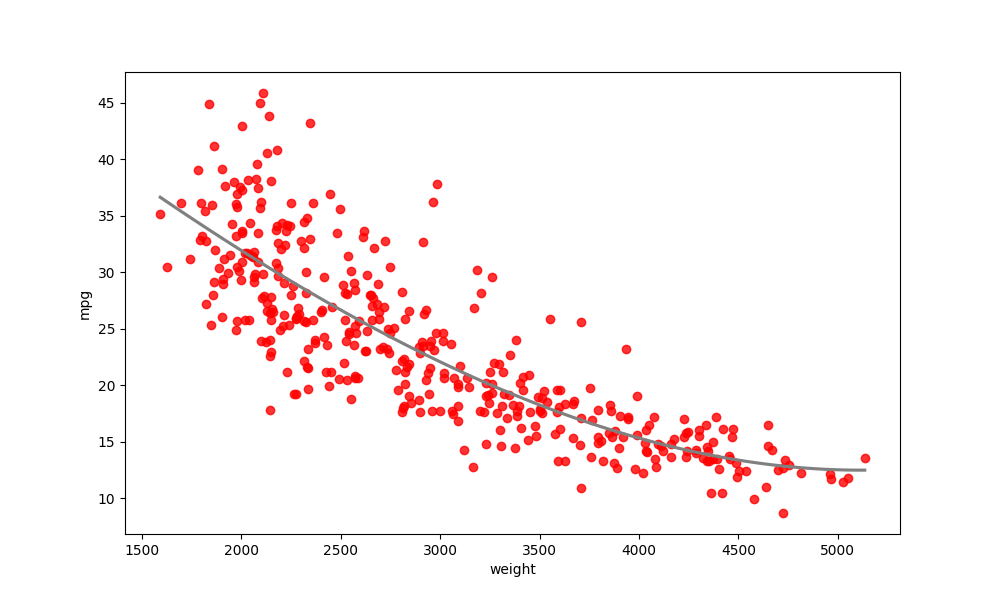
python, seaborn, regplot, order=3, ci=None, scatter_color=red, line_color=gray